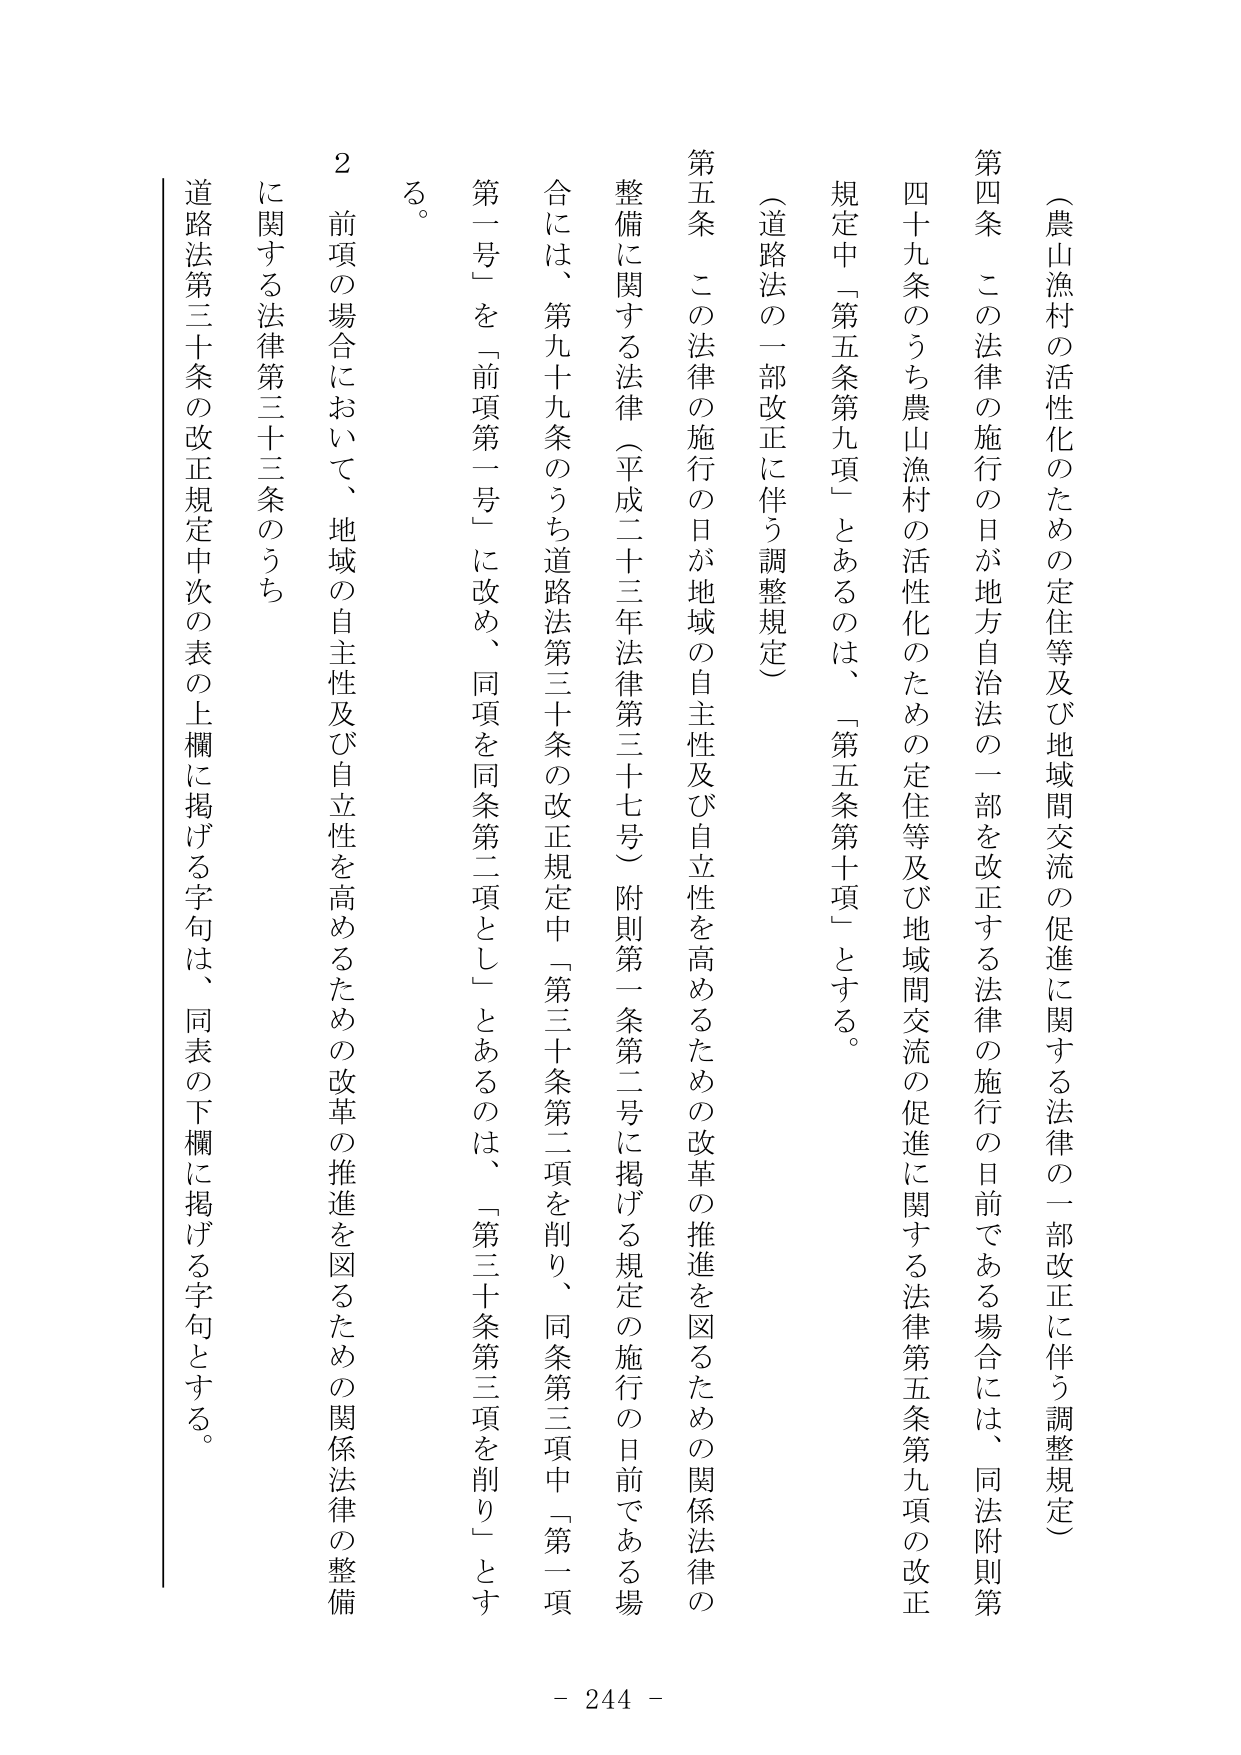
（農山漁村の活性化のための定住等及び地域間交流の促進に関する法律の一部改正に伴う調整規定）

第四条　この法律の施行の日が地方自治法の一部を改正する法律の施行の日前である場合には、同法附則第四十九条のうち農山漁村の活性化のための定住等及び地域間交流の促進に関する法律第五条第九項の改正規定中「第五条第九項」とあるのは、「第五条第十項」とする。

（道路法の一部改正に伴う調整規定）

第五条　この法律の施行の日が地域の自主性及び自立性を高めるための改革の推進を図るための関係法律の整備に関する法律（平成二十三年法律第三十七号）附則第一条第二号に掲げる規定の施行の日前である場合には、第九十九条のうち道路法第三十条の改正規定中「第三十条第二項を削り、同条第三項中「第一項第一号」を「前項第一号」に改め、同項を同条第二項とし」とあるのは、「第三十条第三項を削り」とする。

２　前項の場合において、地域の自主性及び自立性を高めるための改革の推進を図るための関係法律の整備に関する法律第三十三条のうち道路法第三十条の改正規定中次の表の上欄に掲げる字句は、同表の下欄に掲げる字句とする。

- 244 -